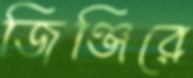
জিঞ্জিরে